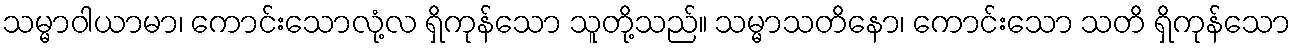
သမ္မာဝါယာမာ၊ ကောင်းသောလုံ့လ ရှိကုန်သော သူတို့သည်။ သမ္မာသတိနော၊ ကောင်းသော သတိ ရှိကုန်သော